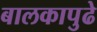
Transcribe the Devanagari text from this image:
बालकापुढे